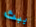
يبث